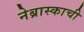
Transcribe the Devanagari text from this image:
नेब्रास्काची